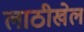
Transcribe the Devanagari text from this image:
लाठीखेल